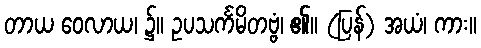
တာယ ဝေလာယ၊ ၌။ ဥပသင်္ကမိတဗ္ဗံ၊ ၏။ (ပြန်) အယံ၊ ကား။